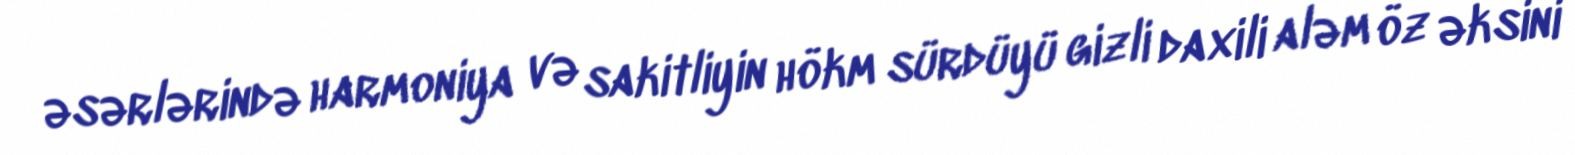
əsərlərində harmoniya və sakitliyin hökm sürdüyü gizli daxili aləm öz əksini